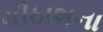
મીઠાશના